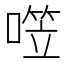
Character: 𰈤